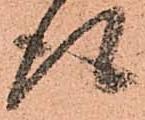
得